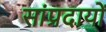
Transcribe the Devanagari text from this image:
सांप्रदायों